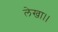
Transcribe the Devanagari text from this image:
लेखा।।